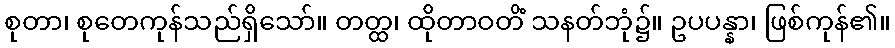
စုတာ၊ စုတေကုန်သည်ရှိသော်။ တတ္ထ၊ ထိုတာဝတိံ သနတ်ဘုံ၌။ ဥပပန္နာ၊ ဖြစ်ကုန်၏။